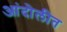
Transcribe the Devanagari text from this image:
आंदोलीत